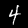
Label: 4